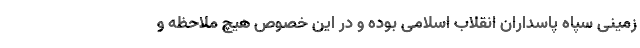
زمینی سپاه پاسداران انقلاب اسلامی بوده و در این خصوص هیچ ملاحظه و